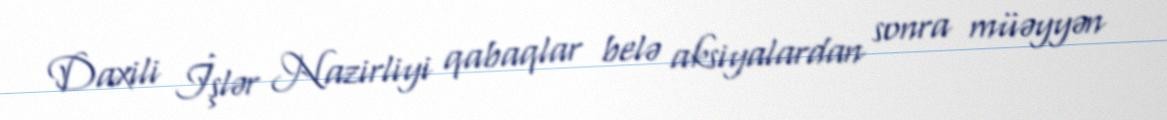
Daxili İşlər Nazirliyi qabaqlar belə aksiyalardan sonra müəyyən